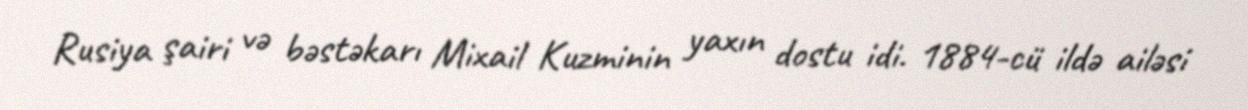
Rusiya şairi və bəstəkarı Mixail Kuzminin yaxın dostu idi. 1884-cü ildə ailəsi